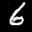
Label: 6